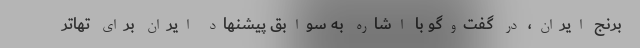
برنج ایران، در گفت‌وگو با اشاره به سوابق پیشنهاد ایران برای تهاتر